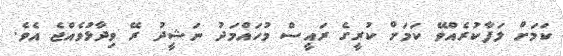
ކަމަށް ލަފާކުރެއްވޭ ކަމަށް ކުރީގެ ރައީސް މުހައްމަދު ނަޝީދު ރޭ ވިދާޅުވެއްޖެ އެވެ.